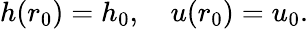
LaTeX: h(r_{0})=h_{0},\quad u(r_{0})=u_{0}.